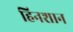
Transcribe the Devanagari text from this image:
हिनशान